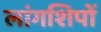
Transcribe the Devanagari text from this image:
लांगशिपों